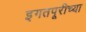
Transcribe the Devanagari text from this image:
इगतपूरीच्या